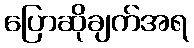
ပြောဆိုချက်အရ